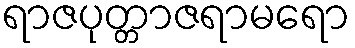
ရာဇပုတ္တာဇရာမရော